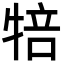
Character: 犃